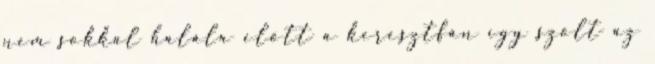
nem sokkal halála előtt a keresztfán így szólt az